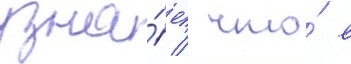
узна́ет / что́ в